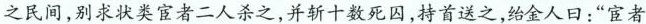
之民间，别求状类宦者二人杀之，并斩十数死囚，持首送之，绐金人口：”宦者